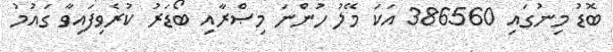
ބޮޑު މިނުގައި 386560 އަކަ މޭލު ހުންނަ މިޞްރާއި ބޯޑަރު ކުރެވިފައިވާ ގައުމު